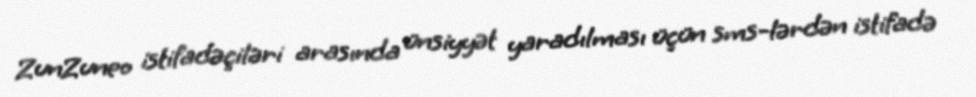
ZunZuneo istifadəçiləri arasında ünsiyyət yaradılması üçün sms-lərdən istifadə